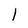
Character: 1